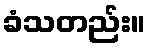
ခံသတည်း။